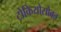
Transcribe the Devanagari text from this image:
टोकियोसोबत